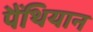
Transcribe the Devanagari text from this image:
पैंथियान